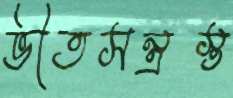
ভীতসন্ত্রস্ত